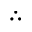
\therefore